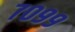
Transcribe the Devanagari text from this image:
७०९९